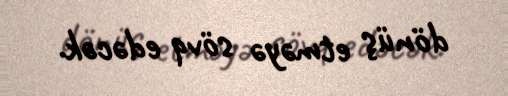
dönüş etməyə sövq edəcək.